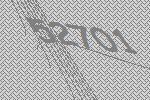
52701